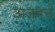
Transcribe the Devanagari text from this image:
अजबचं